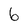
Character: 6